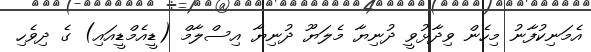
އެމަނިކުފާނު މިހެން ވިދާޅުވީ ދުނިޔާ މެލަޔޫ ދުނިޔާ އިސްލާމް (ޑީއެމްޑީއައި) ގެ ދިވެހި